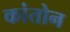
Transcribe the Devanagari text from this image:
कांतोन